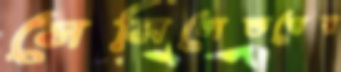
সেমিলেতভের